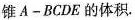
锥A-BCDE的体积.